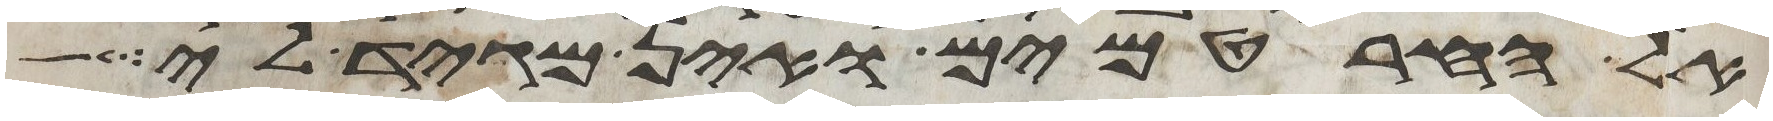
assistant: אל החרטמים ואין מגיד לי